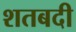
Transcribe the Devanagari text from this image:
शतबदी